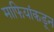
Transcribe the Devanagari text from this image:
माफियांकडून